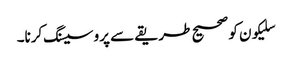
سلیکون کو صحیح طریقے سے پروسیسنگ کرنا۔